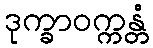
ဒုက္ခာဝက္ကန္တံ